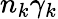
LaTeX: n_{k}\gamma_{k}